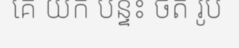
គេ យក បន្ទះ ថត រូប